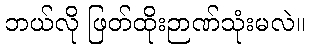
ဘယ်လို ဖြတ်ထိုးဉာဏ်သုံးမလဲ။